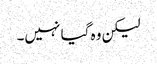
لیکن وہ گیا نہیں۔